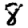
Digit: 8